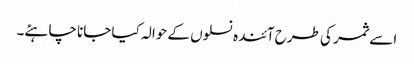
اسے ثمر کی طرح آئندہ نسلوں کے حوالہ کیا جانا چاہئے۔